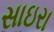
સાઇરા